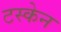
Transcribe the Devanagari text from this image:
टस्केन